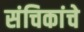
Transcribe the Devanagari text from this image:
संचिकांचे